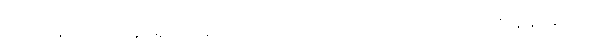
ပဝိသနပညာ၊ အာရုံသို့ သက်ဝင်တတ်သော ပညာတည်း။ ပဇာနနပညာ၊